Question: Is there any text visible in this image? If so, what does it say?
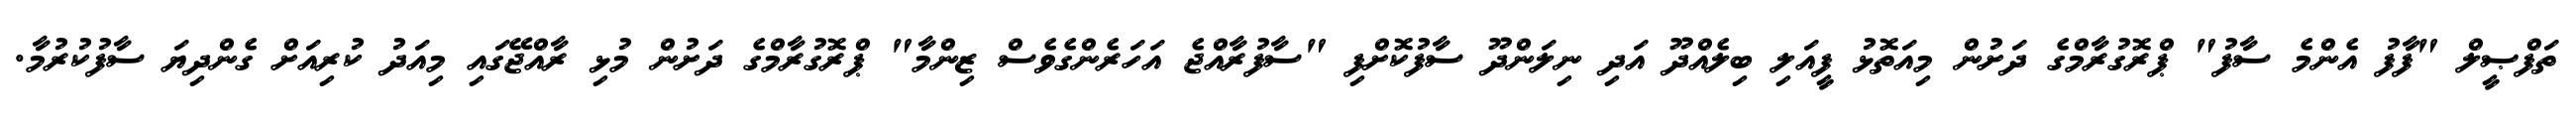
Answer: ތަފްޞީލް "ފާފު އެންމެ ސާފު" ޕްރޮގުރާމްގެ ދަށުން މިއަތޮޅު ފީއަލި ބިލެއްދޫ އަދި ނިލަންދޫ ސާފުކޮށްފި "ސާފުރާއްޖެ އަހަރެންގެވެސް ޒިންމާ" ޕްރޮގުރާމްގެ ދަށުން މުޅި ރާއްޖޭގައި މިއަދު ކުރިއަށް ގެންދިޔަ ސާފުކުރުމާ.